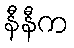
နီနီက